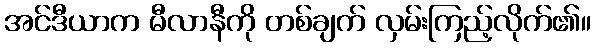
အင်ဒီယာက မီလာနီကို တစ်ချက် လှမ်းကြည့်လိုက်၏။